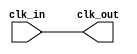
module basic_clock_buffer #(
    parameter NUM_OUTPUTS = 1  // Number of clock outputs
)(
    input wire clk_in,          // Primary clock input signal
    output wire [NUM_OUTPUTS-1:0] clk_out // Buffered clock output signals
);

    // Generate the buffered clock outputs
    genvar i;
    generate
        for (i = 0; i < NUM_OUTPUTS; i = i + 1) begin : clk_buffer
            // Using a simple assign statement to buffer the clock signal
            // In practice, you may want to use specific buffer primitives
            assign clk_out[i] = clk_in;
        end
    endgenerate

endmodule